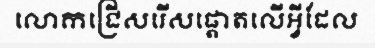
លោកជ្រើសរើសផ្តោតលើអ្វីដែល